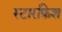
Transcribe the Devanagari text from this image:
स्टारफ़िश